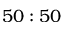
5 0 : 5 0